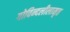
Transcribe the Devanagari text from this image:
गोविन्दलीलामृत